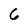
Character: 6